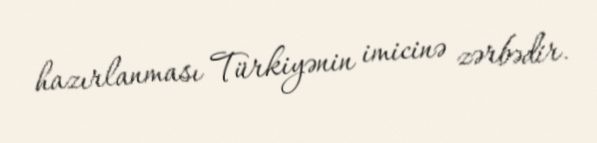
hazırlanması Türkiyənin imicinə zərbədir.